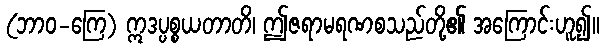
(ဘာဝ-ကြေ) ဣဒပ္ပစ္စယတာတိ၊ ဤဇရာမရဏစသည်တို့၏ အကြောင်းဟူ၍။